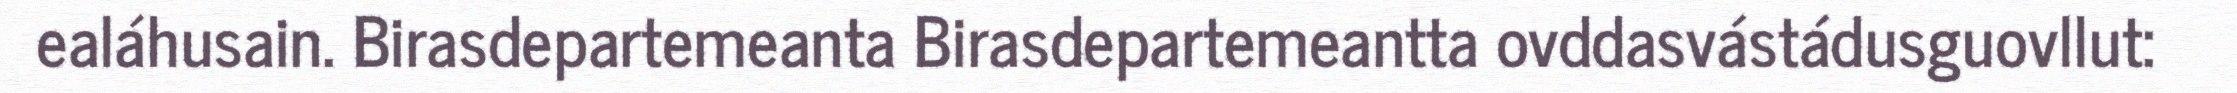
ealáhusain. Birasdepartemeanta Birasdepartemeantta ovddasvástádusguovllut: